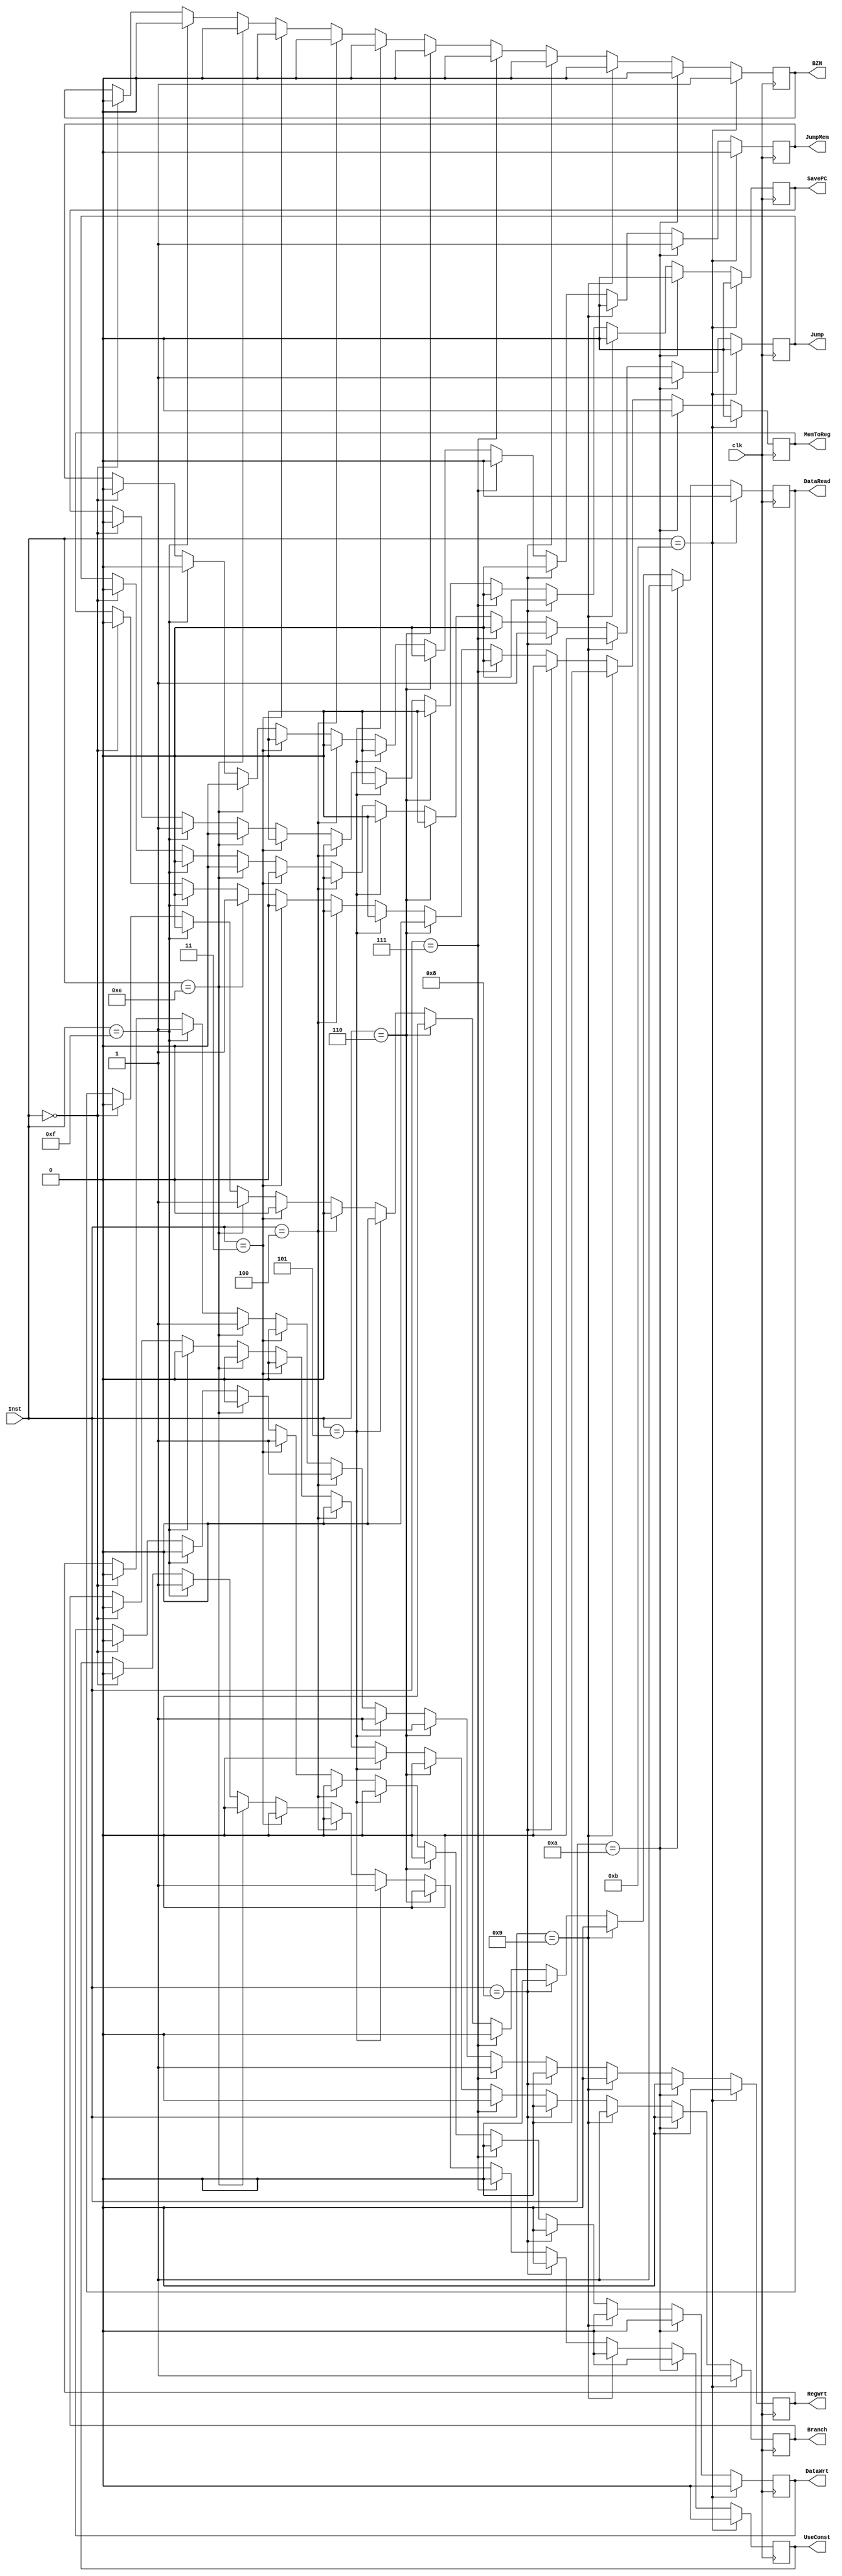
`timescale 1ns / 1ps
//////////////////////////////////////////////////////////////////////////////////
// Company: 
// Engineer: 
// 
// Design Name: 
// Module Name: Control
// Project Name: 
// Target Devices: 
// Tool Versions: 
// Description: 
// 
// Dependencies: 
// 
// Revision:
// Revision 0.01 - File Created
// Additional Comments:
// 
//////////////////////////////////////////////////////////////////////////////////


module Control(
        Inst, DataWrt, DataRead, MemToReg, RegWrt, JumpMem, Jump, BZN, Branch, SavePC, UseConst, clk
    );
    
    input [3:0] Inst;
    input clk;
    
    output reg DataWrt, DataRead, MemToReg, RegWrt, JumpMem, Jump, BZN, Branch, SavePC,UseConst;
        
    always@(posedge clk) begin
        if(Inst == 4'b0000) begin //NoOp
            DataWrt = 0;
            DataRead = 0;
            MemToReg = 0;
            RegWrt = 0;
            JumpMem = 0;
            Jump = 0;
            BZN = 0;
            Branch = 0;
            SavePC = 0;
            UseConst = 0;
        end
        if(Inst == 4'b1111) begin //Save PC
            DataWrt = 0;
            DataRead = 0;
            MemToReg = 0;
            RegWrt = 1;
            JumpMem = 0;
            Jump = 0;
            BZN = 0;
            Branch = 0;
            SavePC = 1;
            UseConst = 1;
        end
        if(Inst == 4'b1110) begin //Load
            DataWrt = 0;
            DataRead = 1;
            MemToReg = 1;
            RegWrt = 1;
            JumpMem = 0;
            Jump = 0;
            BZN = 0;
            Branch = 0;
            SavePC = 0;
            UseConst = 0;
        end
        if(Inst == 4'b0011) begin //Store
            DataWrt = 1;
            DataRead = 0;
            MemToReg = 0;
            RegWrt = 0;
            JumpMem = 0;
            Jump = 0;
            BZN = 0;
            Branch = 0;
            SavePC = 0;
            UseConst = 0;
        end
        if(Inst == 4'b0100) begin //Add
            DataWrt = 0;
            DataRead = 0;
            MemToReg = 0;
            RegWrt = 1;
            JumpMem = 0;
            Jump = 0;
            BZN = 0;
            Branch = 0;
            SavePC = 0;
            UseConst = 0;
        end
        if(Inst == 4'b0101) begin //Increment
            DataWrt = 0;
            DataRead = 0;
            MemToReg = 0;
            RegWrt = 1;
            JumpMem = 0;
            Jump = 0;
            BZN = 0;
            Branch = 0;
            SavePC = 0;
            UseConst = 1;
        end
        if(Inst == 4'b0110) begin //Negate
            DataWrt = 0;
            DataRead = 0;
            MemToReg = 0;
            RegWrt = 1;
            JumpMem = 0;
            Jump = 0;
            BZN = 0;
            Branch = 0;
            SavePC = 0;
            UseConst = 0;
        end
        if(Inst == 4'b0111) begin //Subtract
            DataWrt = 0;
            DataRead = 0;
            MemToReg = 0;
            RegWrt = 1;
            JumpMem = 0;
            Jump = 0;
            BZN = 0;
            Branch = 0;
            SavePC = 0;
            UseConst = 0;
        end
        if(Inst == 4'b1000) begin //Jump
            DataWrt = 0;
            DataRead = 0;
            MemToReg = 0;
            RegWrt = 0;
            JumpMem = 0;
            Jump = 1;
            BZN = 0;
            Branch = 0;
            SavePC = 0;
            UseConst = 0;
        end
        if(Inst == 4'b1001) begin //Branch If Zero
            DataWrt = 0;
            DataRead = 0;
            MemToReg = 0;
            RegWrt = 0;
            JumpMem = 0;
            Jump = 0;
            BZN = 0;
            Branch = 1;
            SavePC = 0;
            UseConst = 0;
        end
        if(Inst == 4'b1010) begin //Jump Memory
            DataWrt = 0;
            DataRead = 1;
            MemToReg = 0;
            RegWrt = 0;
            JumpMem = 1;
            Jump = 1;
            BZN = 0;
            Branch = 0;
            SavePC = 0;
            UseConst = 0;
        end
        if(Inst == 4'b1011) begin //Branch if Negative
            DataWrt = 0;
            DataRead = 0;
            MemToReg = 0;
            RegWrt = 0;
            JumpMem = 0;
            Jump = 0;
            BZN = 1;
            Branch = 1;
            SavePC = 0;
            UseConst = 0;
        end
    end       
endmodule